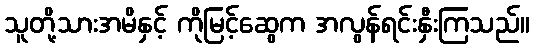
သူတို့သားအမိနှင့် ကိုမြင့်ဆွေက အလွန်ရင်းနှီးကြသည်။